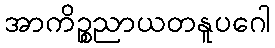
အာကိဉ္စညာယတနူပဂေါ